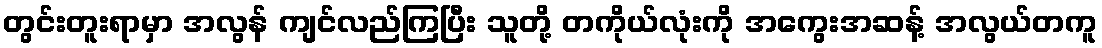
တွင်းတူးရာမှာ အလွန် ကျင်လည်ကြပြီး သူတို့ တကိုယ်လုံးကို အကွေးအဆန့် အလွယ်တကူ